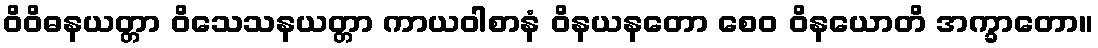
ဝိဝိဓနယတ္တာ ဝိသေသနယတ္တာ ကာယဝါစာနံ ဝိနယနတော စေဝ ဝိနယောတိ အက္ခာတော။